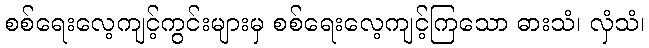
စစ်ရေးလေ့ကျင့်ကွင်းများမှ စစ်ရေးလေ့ကျင့်ကြသော ဓားသံ၊ လှံသံ၊